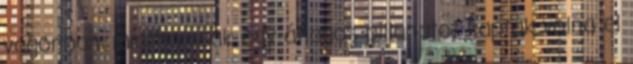
vagonban, mintha csak egy átlagos pillanatot kaptak volna el